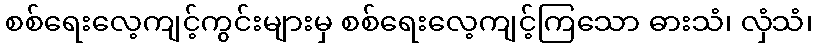
စစ်ရေးလေ့ကျင့်ကွင်းများမှ စစ်ရေးလေ့ကျင့်ကြသော ဓားသံ၊ လှံသံ၊